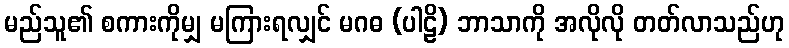
မည်သူ၏ စကားကိုမျှ မကြားရလျှင် မဂဓ (ပါဠိ) ဘာသာကို အလိုလို တတ်လာသည်ဟု